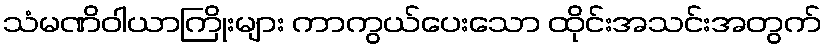
သံမဏိဝါယာကြိုးများ ကာကွယ်ပေးသော ထိုင်းအသင်းအတွက်